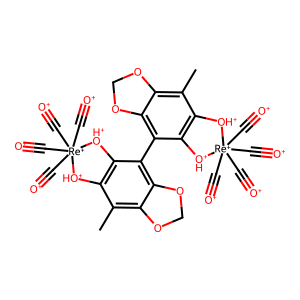
SMILES: Cc1c2c(c(-c3c4c(c(C)c5c3[OH+][Re+](C#[O+])(C#[O+])(C#[O+])(C#[O+])[OH+]5)OCO4)c3c1[OH+][Re+](C#[O+])(C#[O+])(C#[O+])(C#[O+])[OH+]3)OCO2
Inhibits HIV replication: No